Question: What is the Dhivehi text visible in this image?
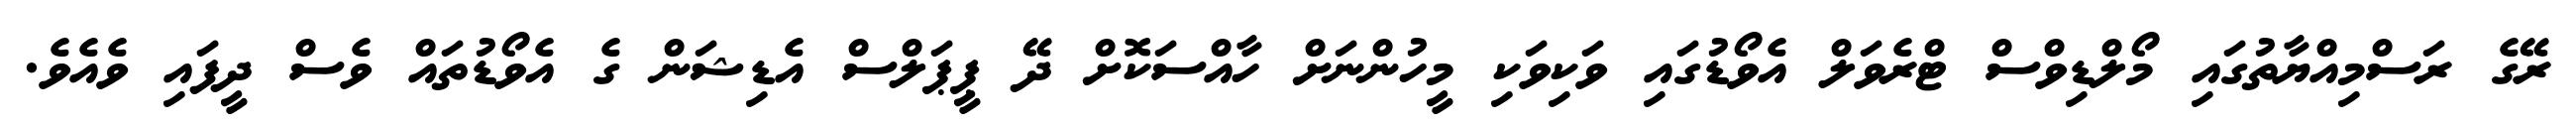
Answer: ރޭގެ ރަސްމިއްޔާތުގައި މޯލްޑިވްސް ޓްރެވަލް އެވޯޑުގައި ވަކިވަކި މީހުންނަށް ހާއްސަކޮށް ދޭ ޕީޕަލްސް އެޑިޝަން ގެ އެވޯޑުތައް ވެސް ދީފައި ވެއެވެ.